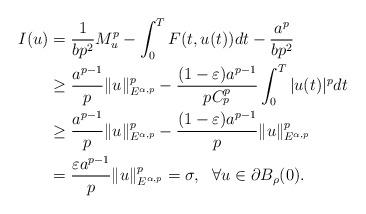
LaTeX: \begin{align*}I(u)&=\frac{1}{bp^2}M_u^p-\int_0^TF(t,u(t))dt-\frac{a^p}{bp^2}\\&\geq\frac{a^{p-1}}{p}\|u\|_{E^{\alpha,p}}^p-\frac{(1-\varepsilon)a^{p-1}}{pC_p^p}\int_0^T|u(t)|^pdt\\&\geq\frac{a^{p-1}}{p}\|u\|_{E^{\alpha,p}}^p-\frac{(1-\varepsilon)a^{p-1}}{p}\|u\|_{E^{\alpha,p}}^p\\&=\frac{\varepsilon a^{p-1}}{p}\|u\|_{E^{\alpha,p}}^p=\sigma,\ \ \forall u\in \partial B_\rho(0).\end{align*}